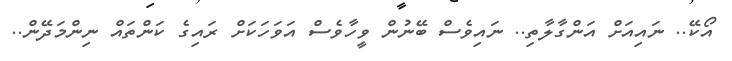
އޯކޭ.. ނައިއަށް އަންގާލާތި.. ނައިވެސް ބޭނުން ވީހާވެސް އަވަހަކަށް ރައިގެ ކަންތައް ނިންމަދޭން..